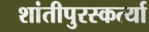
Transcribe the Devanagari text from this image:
शांतीपुरस्कर्त्या